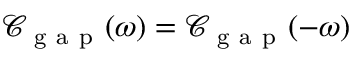
\mathcal { C } _ { \mathrm { ~ g ~ a ~ p ~ } } ( \omega ) = \mathcal { C } _ { \mathrm { ~ g ~ a ~ p ~ } } ( - \omega )